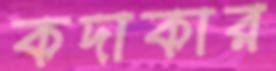
কদাকার